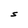
Character: S